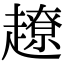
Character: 𧽽